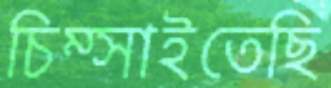
চিম্‌সাইতেছি